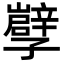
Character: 𡦯